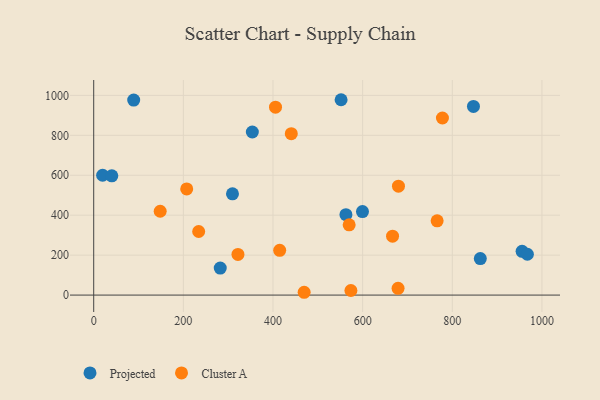
{"axis": {"x": "Study Hours", "y": "Sales"}, "legend": ["Cluster A", "Projected"], "data": [{"x": "847.2", "y": 944.5, "type": "Projected"}, {"x": "599.6", "y": 418.2, "type": "Projected"}, {"x": "551.9", "y": 978.3, "type": "Projected"}, {"x": "562.7", "y": 402.6, "type": "Projected"}, {"x": "353.9", "y": 816.8, "type": "Projected"}, {"x": "955.7", "y": 219.2, "type": "Projected"}, {"x": "967.5", "y": 204.4, "type": "Projected"}, {"x": "19.9", "y": 600.1, "type": "Projected"}, {"x": "309.6", "y": 507.3, "type": "Projected"}, {"x": "282.3", "y": 135.2, "type": "Projected"}, {"x": "89.2", "y": 976.6, "type": "Projected"}, {"x": "40.4", "y": 597.4, "type": "Projected"}, {"x": "862.5", "y": 182.8, "type": "Projected"}, {"x": "666.7", "y": 295.2, "type": "Cluster A"}, {"x": "573.8", "y": 23.1, "type": "Cluster A"}, {"x": "405.6", "y": 941.2, "type": "Cluster A"}, {"x": "778.0", "y": 886.9, "type": "Cluster A"}, {"x": "469.5", "y": 14.1, "type": "Cluster A"}, {"x": "234.2", "y": 318.5, "type": "Cluster A"}, {"x": "679.9", "y": 545.2, "type": "Cluster A"}, {"x": "207.5", "y": 531.7, "type": "Cluster A"}, {"x": "148.3", "y": 419.8, "type": "Cluster A"}, {"x": "569.9", "y": 351.7, "type": "Cluster A"}, {"x": "766.2", "y": 371.8, "type": "Cluster A"}, {"x": "679.0", "y": 33.7, "type": "Cluster A"}, {"x": "414.9", "y": 224.1, "type": "Cluster A"}, {"x": "440.8", "y": 808.4, "type": "Cluster A"}, {"x": "321.8", "y": 203.7, "type": "Cluster A"}]}